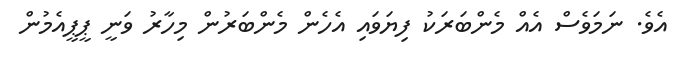
އެވެ. ނަމަވެސް އެއް މެންބަރަކު ފިޔަވައި އެހެން މެންބަރުން މިހާރު ވަނީ ޕީޕީއެމުން